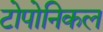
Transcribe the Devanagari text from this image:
टोपोनिकल